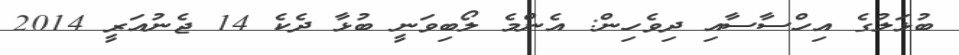
ބުޅަލުގެ އިހްސާސާއި ދިވެހިން: އެންމެ ލޯބިވަނީ ބުޅާ ދެކެ 14 ޖެނުއަރީ 2014